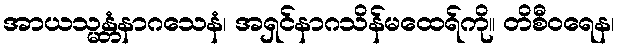
အာယသ္မန္တံနာဂသေနံ၊ အရှင်နာဂသိန်မထေရ်ကို။ တိစီဝရေန၊